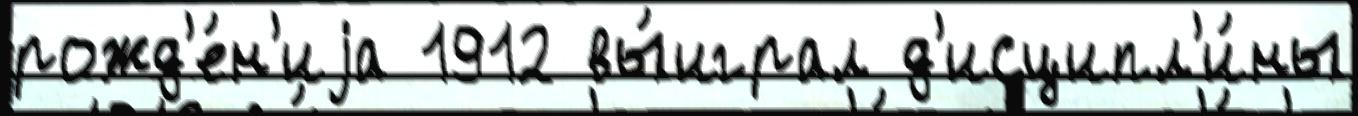
рожд'е́н'иjа 1912 вы́играл д'исципл'и́ны